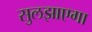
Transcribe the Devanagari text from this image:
सुलझाएगा